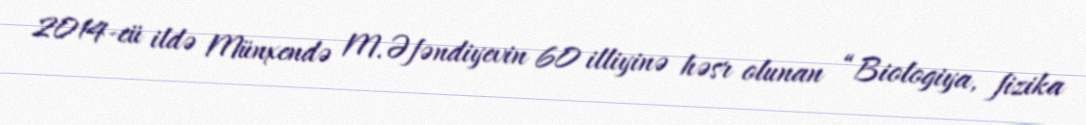
2014-cü ildə Münxendə M.Əfəndiyevin 60 illiyinə həsr olunan “Biologiya, fizika